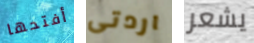
أفتحها اردتى يشعر